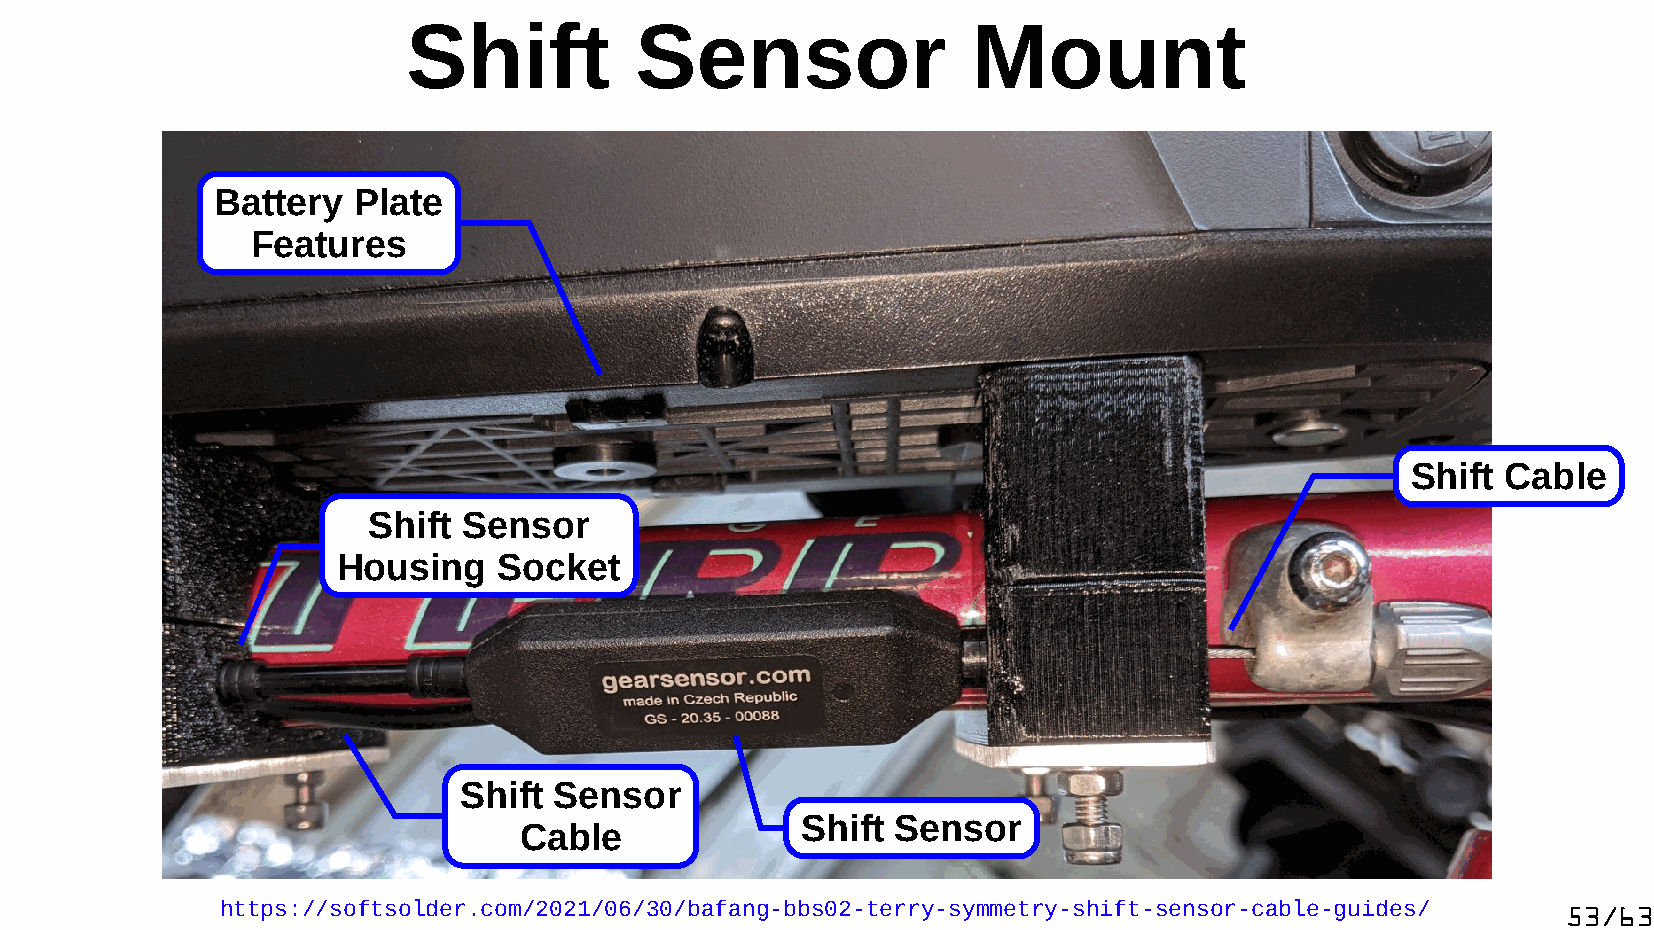
Shift          Sensor                Mount
 Battery  Plate
 Features
 Shift  Cable
 Shift  Sensor
 Housing    Socket
 Shift  Sensor
 Shift Sensor
 Cable
 https://softsolder.com/2021/06/30/bafang-bbs02-terry-symmetry-shift-sensor-cable-guides/ 53/63